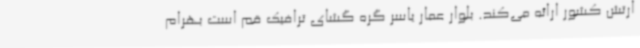
ارتش کشور ارائه می‌کند. بلوار عمار یاسر گره گشای ترافیک قم است بهرام